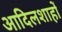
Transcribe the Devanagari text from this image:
आदिलशाहों